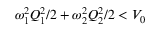
\omega _ { 1 } ^ { 2 } Q _ { 1 } ^ { 2 } / 2 + \omega _ { 2 } ^ { 2 } Q _ { 2 } ^ { 2 } / 2 < V _ { 0 }